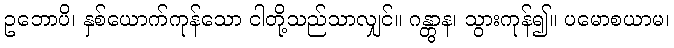
ဥဘောပိ၊ နှစ်ယောက်ကုန်သော ငါတို့သည်သာလျှင်။ ဂန္တွာန၊ သွားကုန်၍။ ပမောစယာမ၊